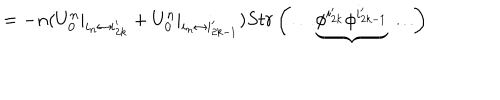
LaTeX: = - n ( U _ { 0 } ^ { n } | _ { i _ { n } \leftrightarrow i _ { 2 k } ^ { \prime } } + U _ { 0 } ^ { n } | _ { i _ { n } \leftrightarrow i _ { 2 k - 1 } ^ { \prime } } ) S t r \left( \ldots \underbrace { \phi ^ { i _ { 2 k } ^ { \prime } } \phi ^ { i _ { 2 k - 1 } ^ { \prime } } } \ldots \right)